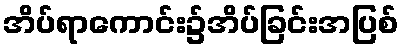
အိပ်ရာကောင်း၌အိပ်ခြင်းအပြစ်